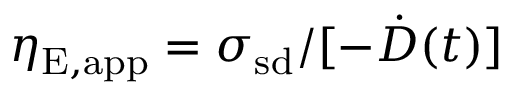
\eta _ { \mathrm { E , a p p } } = \sigma _ { \mathrm { s d } } / [ - \dot { D } ( t ) ]